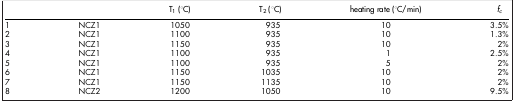
<table><thead><tr><td><b> </b></td><td><b> </b></td><td><b>T<sub>1 </sub>(°C)</b></td><td><b>T<sub>2 </sub>(°C)</b></td><td><b>heating rate (°C/min)</b></td><td><b><i>f<sub>c</sub></i></b></td></tr></thead><tbody><tr><td>1</td><td>NCZ1</td><td>1050</td><td>935</td><td>10</td><td>3.5%</td></tr><tr><td>2</td><td>NCZ1</td><td>1100</td><td>935</td><td>10</td><td>1.3%</td></tr><tr><td>3</td><td>NCZ1</td><td>1150</td><td>935</td><td>10</td><td>2%</td></tr><tr><td>4</td><td>NCZ1</td><td>1100</td><td>935</td><td>1</td><td>2.5%</td></tr><tr><td>5</td><td>NCZ1</td><td>1100</td><td>935</td><td>5</td><td>2%</td></tr><tr><td>6</td><td>NCZ1</td><td>1150</td><td>1035</td><td>10</td><td>2%</td></tr><tr><td>7</td><td>NCZ1</td><td>1150</td><td>1135</td><td>10</td><td>2%</td></tr><tr><td>8</td><td>NCZ2</td><td>1200</td><td>1050</td><td>10</td><td>9.5%</td></tr></tbody></table>